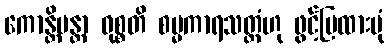
ကောန္တိမန္တာ ဝုစ္စတိ စမ္မကာရသတ္ထံဟု ဖွင့်ပြထားပုံ